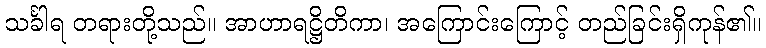
သင်္ခါရ တရားတို့သည်။ အာဟာရဋ္ဌိတိကာ၊ အကြောင်းကြောင့် တည်ခြင်းရှိကုန်၏။